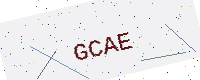
Text: GCAE